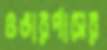
ওভারপাসের